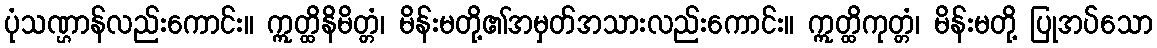
ပုံသဏ္ဌာန်လည်းကောင်း။ ဣတ္ထိနိမိတ္တံ၊ မိန်းမတို့၏အမှတ်အသားလည်းကောင်း။ ဣတ္ထိကုတ္တံ၊ မိန်းမတို့ ပြုအပ်သော